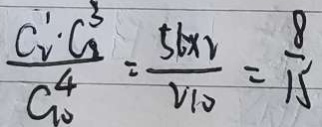
\frac { C _ { 2 } ^ { 1 } \cdot C _ { 8 } ^ { 3 } } { C _ { 1 0 } ^ { 4 } } = \frac { 5 6 \times 2 } { V 1 0 } = \frac { 8 } { 1 5 }